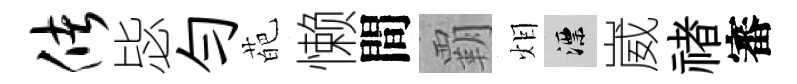
储毖匀葩懒間覇𤇆漂崴禇審